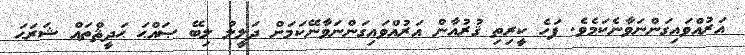
އަރުއްވައިގަންނަވާނެކަމެވެ. ފަހެ ކީރިތި ޤުރުއާން އަރުއްވައިގަންނަވާނޭކަމަށް ދަލީލު ލިބޭ ޞައްޙަ ޙަދީޘްތައް ޝަރަޙަ